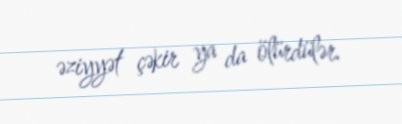
əziyyət çəkir ya da ölürdülər.